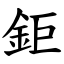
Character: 鉅